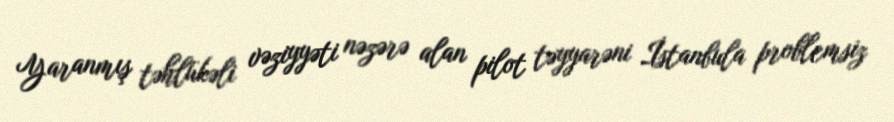
Yaranmış təhlükəli vəziyyəti nəzərə alan pilot təyyarəni İstanbula problemsiz